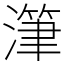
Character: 潷